Leningradi_Edasi_toimetus, lk 66
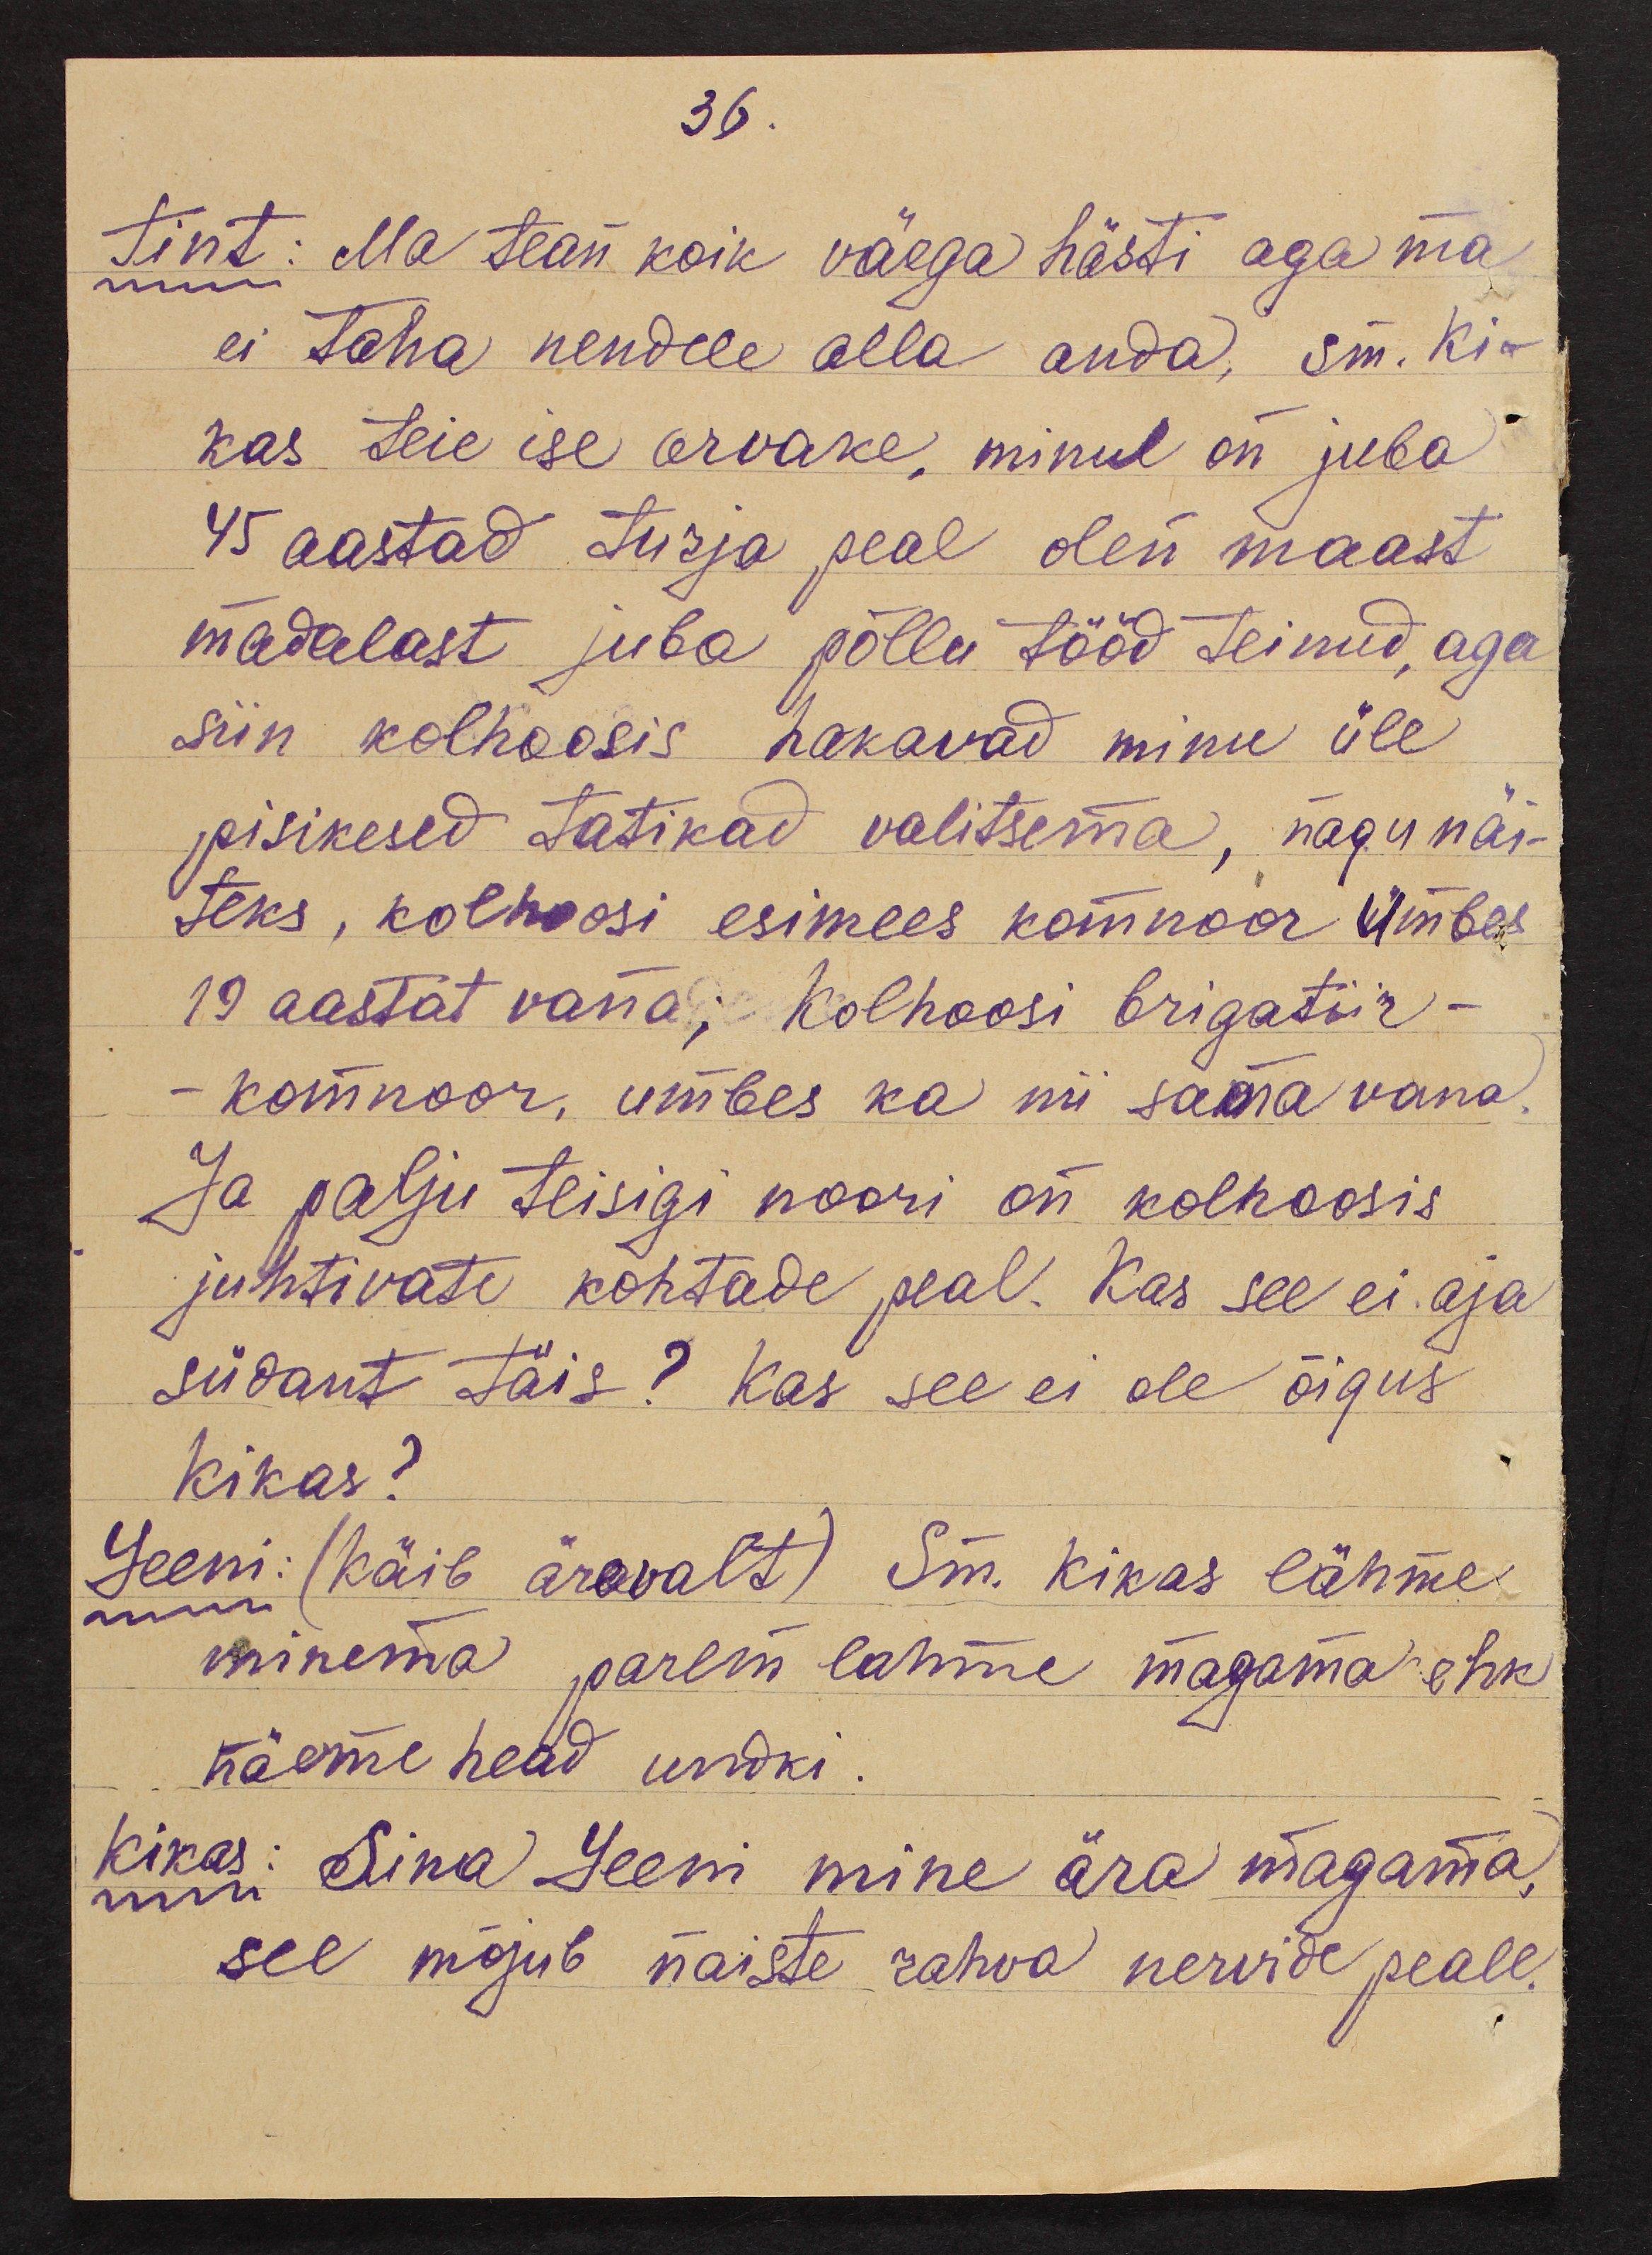
36.
Tint: Ma tean koik väega hästi aga ma
ei taha nendele alla anda, sm. Ki-
kas teie ise arvake, minul on juba
45 aastad turja peal olen maast
madalast juba põllu tööd teinud, aga
siin kolhoosis hakavad minu üle
pisikesed tatikad valitsema, nagu näi-
teks, kolhoosi esimees komnoor umbes
19 aastat vana; kolhoosi brigatiir -
- komnoor, umbes ka nii sama vana.
Ja palju teisigi noori on kolhoosis
juhtivate kohtade peal. Kas see ei aja
südant täis? Kas see ei ole õigus
Kikas?
Leeni: (käib ärevalt) Sm. Kikas lähme
minema parem lahme magama ehk
näeme head undki.
Kikas: Sina Leeni mine ära magama,
see mõjub naiste rahva nervide peale.